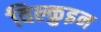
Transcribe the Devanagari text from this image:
विल्कुइन